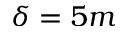
\delta = 5 m